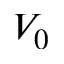
V _ { 0 }